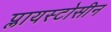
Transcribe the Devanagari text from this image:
प्लायस्टोसीन